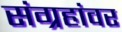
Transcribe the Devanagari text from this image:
संग्रहांवर